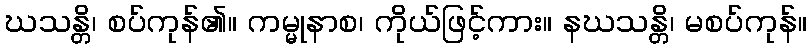
ဃသန္တိ၊ စပ်ကုန်၏။ ကမ္မုနာစ၊ ကိုယ်ဖြင့်ကား။ နဃသန္တိ၊ မစပ်ကုန်။